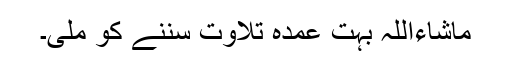
ماشاءاللہ بہت عمدہ تلاوت سننے کو ملی۔